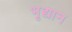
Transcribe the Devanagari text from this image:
भृद्यान